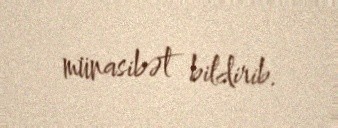
münasibət bildirib.